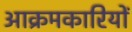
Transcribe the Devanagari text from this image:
आक्रमकारियों